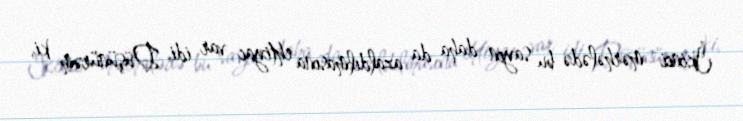
İkinci mərhələdə bu sayın daha da azaldılmasına ehtiyac var idi. Düşünürəm ki,